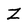
Character: Z